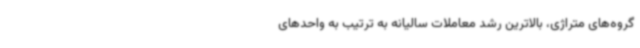
گروه‌های متراژی، بالاترین رشد معاملات سالیانه به ترتیب به واحدهای